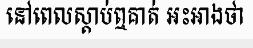
នៅពេលស្តាប់ឮគាត់ អះអាងថា